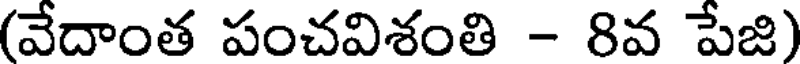
(వేదాంత పంచవిశంతి - 8వ పేజి)